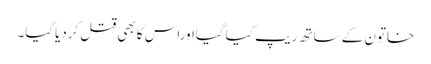
خاتون کے ساتھ ریپ کیاگیااوراس کابھی قتل کردیاگیا۔